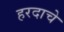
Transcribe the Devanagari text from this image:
हरदाचे